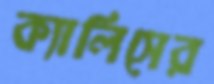
ক্যালিসের